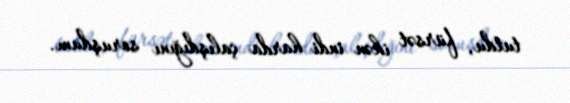
tutdu, fürsət ikən indi harda çalışdığını soruşdum.